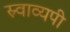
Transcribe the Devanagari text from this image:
स्र्वाव्यपी